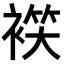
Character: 𧛒